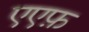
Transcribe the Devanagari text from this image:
एएफ़